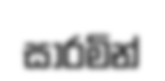
සාරමින්